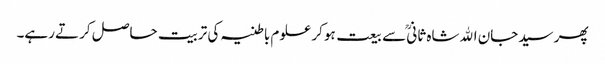
پھر سیدجان اﷲشاہ ثانیؒ سے بیعت ہوکر علوم باطنیہ کی تربیت حاصل کرتے رہے۔